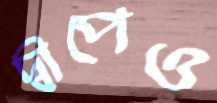
দ্বীপেও